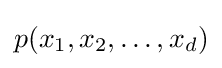
p(x_{1},x_{2},\ldots ,x_{d})